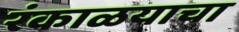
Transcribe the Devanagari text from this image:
रंकाळयाचा